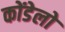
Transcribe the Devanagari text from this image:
कोंडेलो